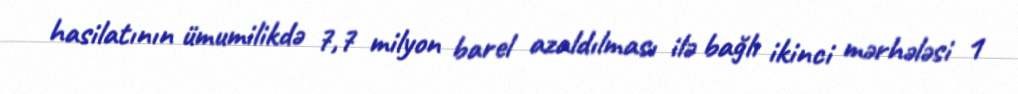
hasilatının ümumilikdə 7,7 milyon barel azaldılması ilə bağlı ikinci mərhələsi 1